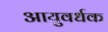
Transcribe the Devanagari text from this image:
आयुवर्धक